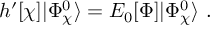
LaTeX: h ^ { \prime } [ \chi ] | \Phi _ { \chi } ^ { 0 } \rangle = E _ { 0 } [ \Phi ] | \Phi _ { \chi } ^ { 0 } \rangle \ .